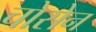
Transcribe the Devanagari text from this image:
चोसेन